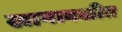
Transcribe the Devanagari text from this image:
खानावळीत